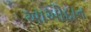
આઓદાન